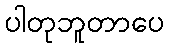
ပါတုဘူတာပေ